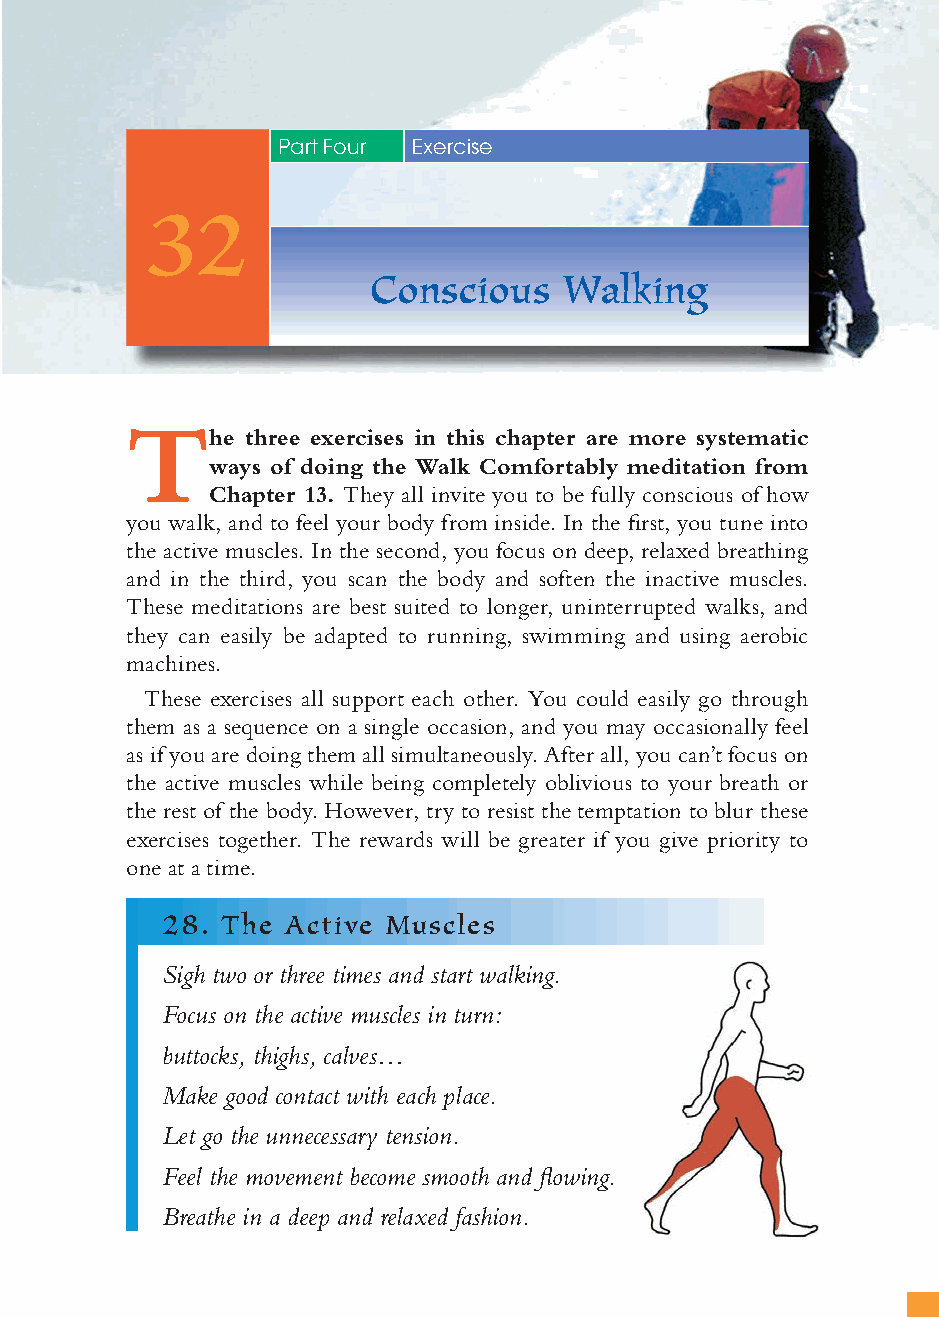
129
 Part Four Exercise
 32
 Conscious    Walking
 T
 he three exercises in this chapter are more systematic
 ways of doing the Walk Comfortably meditation from
 Chapter 13. They all invite you to be fully conscious of how
 you walk, and to feel your body from inside. In the fi rst, you tune into
 the active muscles. In the second, you focus on deep, relaxed breathing
 and in the third, you scan the body and soften the inactive muscles.
 These meditations are best suited to longer, uninterrupted walks, and
 they can easily be adapted to running, swimming and using aerobic
 machines.
 These exercises all support each other. You could easily go through
 them as a sequence on a single occasion, and you may occasionally feel
 as if you are doing them all simultaneously. After all, you can’t focus on
 the active muscles while being completely oblivious to your breath or
 the rest of the body. However, try to resist the temptation to blur these
 exercises together. The rewards will be greater if you give priority to
 one at a time.
 28. The Active Muscles
 Sigh two or three times and start walking.
 Focus on the active muscles in turn:
 buttocks, thighs, calves…
 Make good contact with each place.
 Let go the unnecessary tension.
 Feel the movement become smooth and fl owing.
 Breathe in a deep and relaxed fashion.
 ffiivvee__220000667788..iinndddd SSeecc11::113333   3300//55//0055 55::0055::3388 PPMM